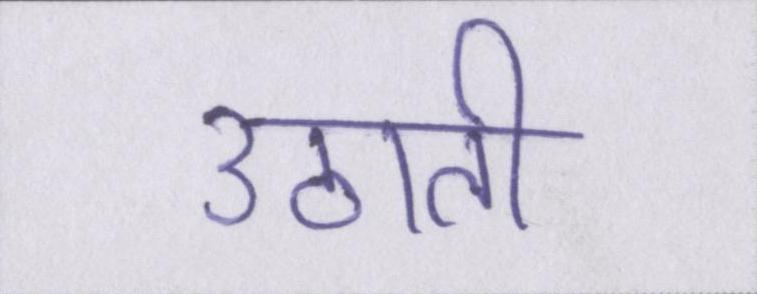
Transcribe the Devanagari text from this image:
उठाती